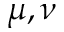
\mu , \nu